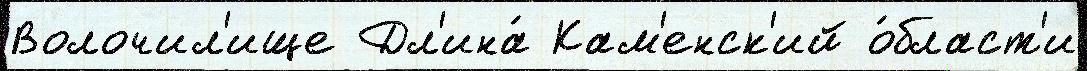
Волочил'ище Дл'ина́ Кам'енск'ий о́бласт'и